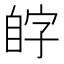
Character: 𫇊